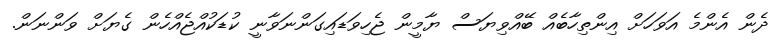
ދެން އެންމެ އަވަހަށް އިންތިހާބެއް ބޭއްވިޔަސް ޔާމީން ޖެހިވަޑައިގަންނަވާނީ ކުޑަކުއްޖެއްހެން ގެޔަށް ވަންނަން.